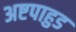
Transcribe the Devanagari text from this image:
अष्टपाहुड